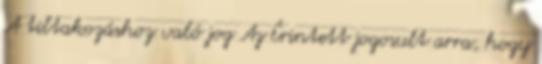
A tiltakozáshoz való jog Az Érintett jogosult arra, hogy